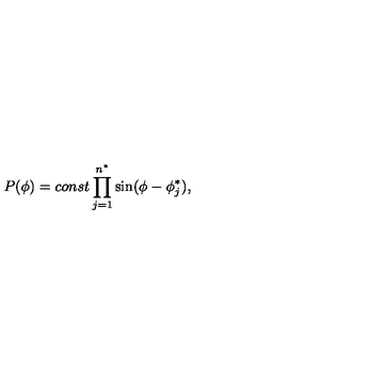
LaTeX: P ( \phi ) = c o n s t \prod _ { j = 1 } ^ { n ^ { \ast } } \sin ( \phi - \phi _ { j } ^ { \ast } ) ,